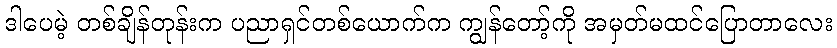
ဒါပေမဲ့ တစ်ချိန်တုန်းက ပညာရှင်တစ်ယောက်က ကျွန်တော့်ကို အမှတ်မထင်ပြောတာလေး